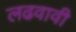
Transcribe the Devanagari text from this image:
लढवावी